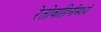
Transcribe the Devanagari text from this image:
रेतोवाहिनीमध्ये